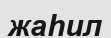
жаһил